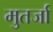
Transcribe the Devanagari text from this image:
मुतर्जा